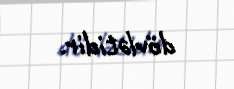
dövlətidir.